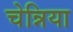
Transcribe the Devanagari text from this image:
चेन्निया